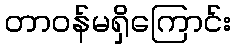
တာဝန်မရှိကြောင်း